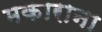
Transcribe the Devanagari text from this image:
मकाराना